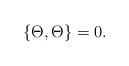
LaTeX: \begin{align*}\{\Theta,\Theta\}=0.\end{align*}